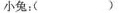
小兔？（）